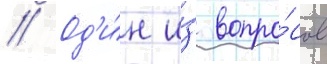
// Од'и́н и́з вопро́сов